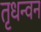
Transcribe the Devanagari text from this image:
तृधन्वन